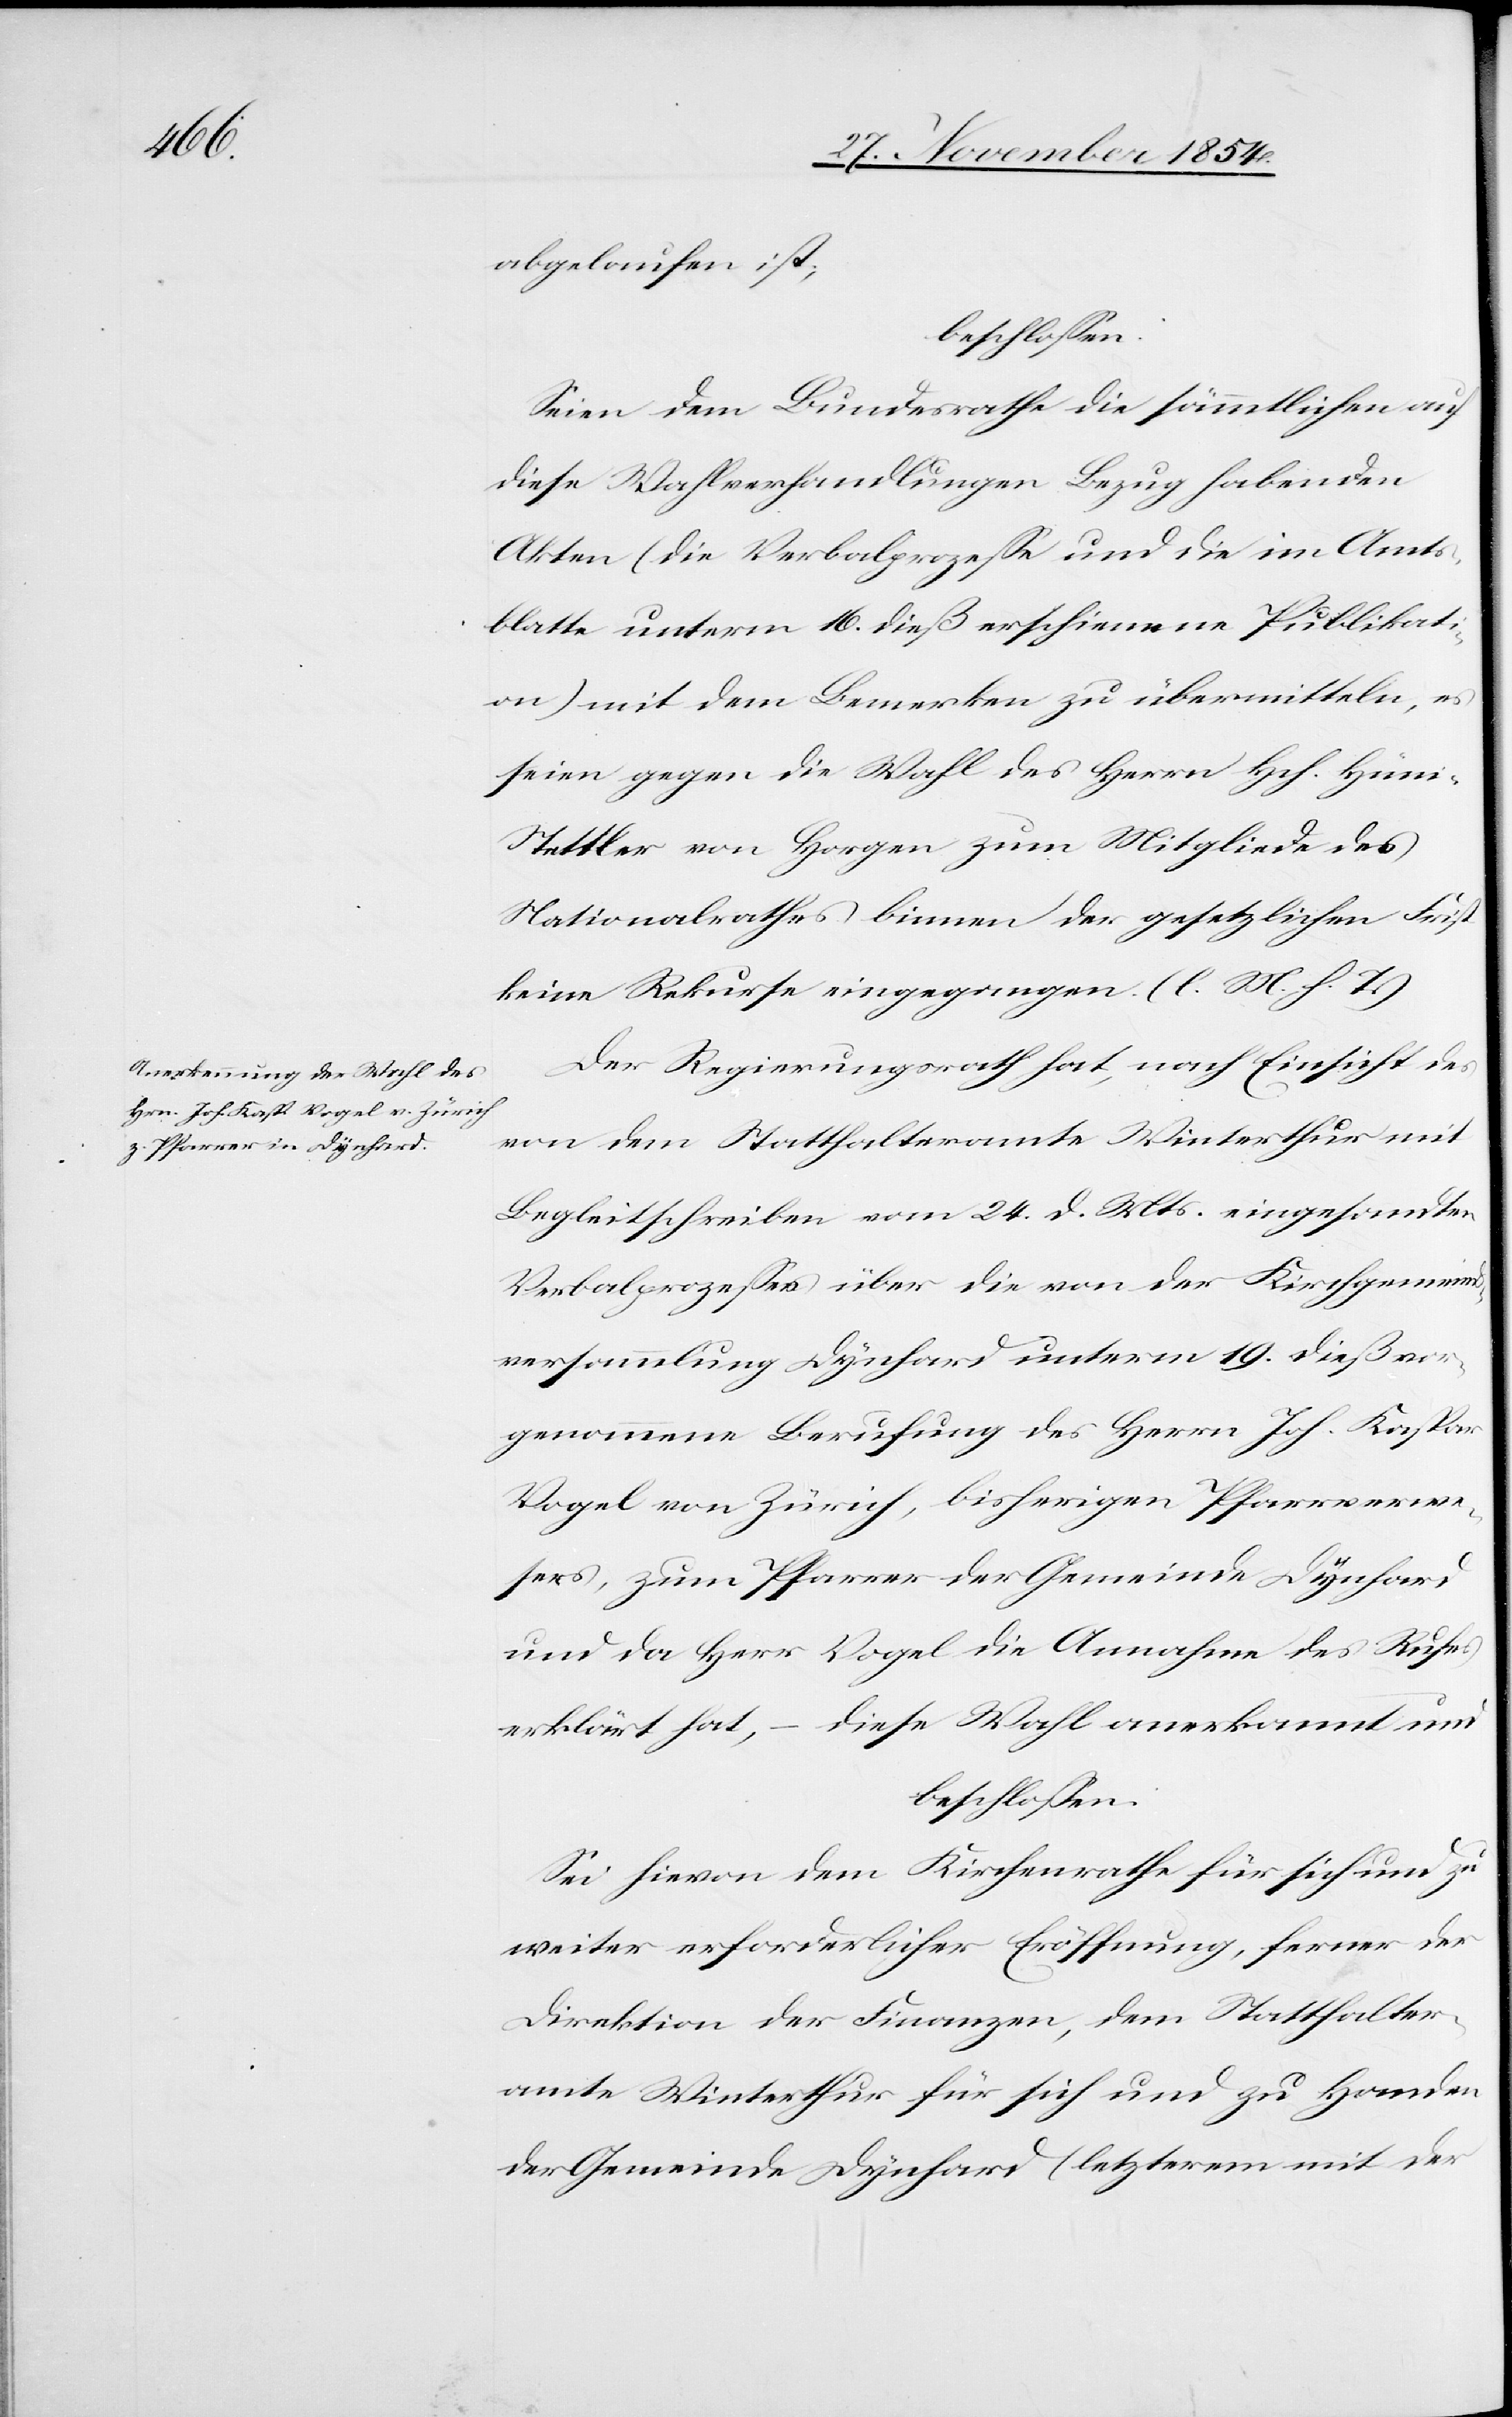
abgelaufen ist,
beschloßen:
Seien dem Bundesrathe die sämmtlichen auf
diese Wahlverhandlungen Bezug habenden
Akten (die Verbalprozeße und die im Amts¬
blatte unterm 16. dieß erschienene Publikat¬
ion) mit dem Bemerken zu übermitteln, es
seien gegen die Wahl des Herrn Hch. Hün¬
i-Stettler von Horgen zum Mitgliede des
Nationalrathes binnen der gesetzlichen Frist
keine Rekurse eingegangen. (l. M. h. T.)
Der Regierungsrath hat, nach Einsicht des
von dem Statthalteramte Winterthur mit
Begleitschreiben vom 24. d. Mts. eingesandten
Verbalprozeßes über die von der Kirchgemeind¬
sversammlung Dynhard unterm 19. dieß vor¬
genommene Berufung des Herrn Joh. Kaspar
Vogel von Zürich, bisherigen Pfarrverwe¬
sers, zum Pfarrer der Gemeinde Dynhard
und da Herr Vogel die Annahme des Rufes
erklärt hat, – diese Wahl anerkannt und
beschloßen:
Sie hievon dem Kirchenrathe für sich und zu
weiter erforderlicher Eröffnung, ferner der
Direktion der Finanzen, dem Statthalter¬
amte Winterthur für sich und zu Handen
der Gemeinde Dynhard (letzerem mit der